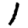
Digit: 1